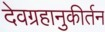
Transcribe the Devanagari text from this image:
देवग्रहानुकीर्तन